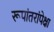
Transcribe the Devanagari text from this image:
रूपांतरांपेक्षा